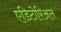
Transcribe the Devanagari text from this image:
एडिटोरिअल